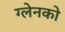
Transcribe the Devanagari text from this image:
ग्लेनको